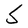
Character: S